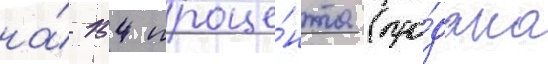
на́ 154 проце́нта (про́дано